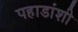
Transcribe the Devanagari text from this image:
पहाडांशी